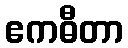
ဧကဓီတာ